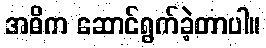
အဓိက ဆောင်ရွက်ခဲ့တာပါ။